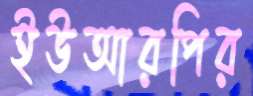
ইউআরপির